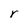
Character: r